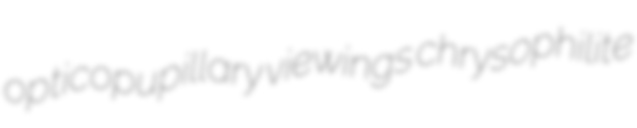
opticopupillary viewings chrysophilite